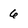
Character: 6